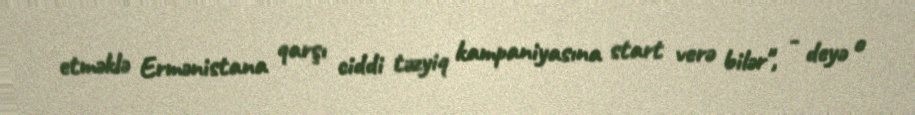
etməklə Ermənistana qarşı ciddi təzyiq kampaniyasına start verə bilər", - deyə o